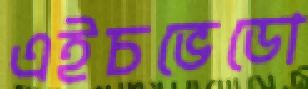
এইচভেডো